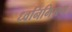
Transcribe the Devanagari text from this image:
ध्वनिमिश्रण